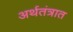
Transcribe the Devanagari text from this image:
अर्थतंत्रात